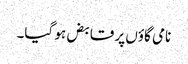
نامی گاؤں پر قابض ہو گیا۔